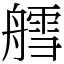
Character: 艝